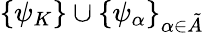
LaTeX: \{ \psi_{K}\} \cup\{ \psi_{\alpha}\} _{\alpha\in\tilde{A}}